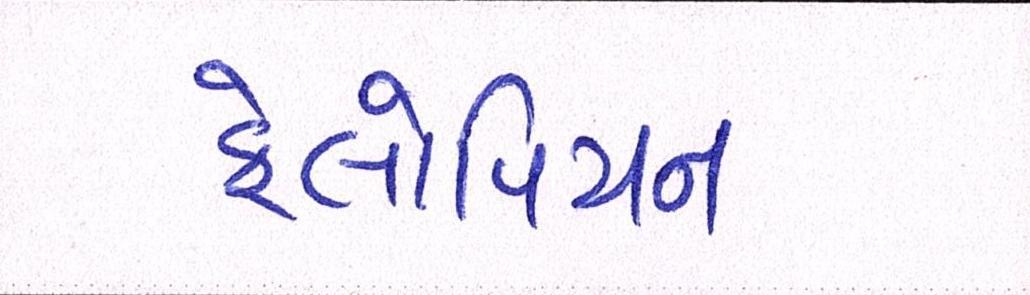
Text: ફેલોપિયન